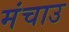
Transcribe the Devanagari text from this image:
मंचाउ